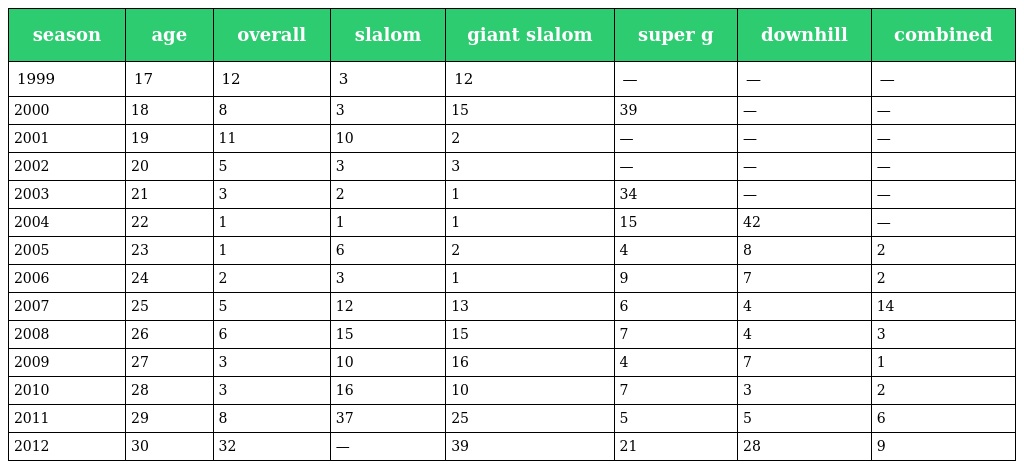
| season | age | overall | slalom | giant slalom | super g | downhill | combined |
 | --- | --- | --- | --- | --- | --- | --- | --- |
 | 1999 | 17 | 12 | 3 | 12 | — | — | — |
 | 2000 | 18 | 8 | 3 | 15 | 39 | — | — |
 | 2001 | 19 | 11 | 10 | 2 | — | — | — |
 | 2002 | 20 | 5 | 3 | 3 | — | — | — |
 | 2003 | 21 | 3 | 2 | 1 | 34 | — | — |
 | 2004 | 22 | 1 | 1 | 1 | 15 | 42 | — |
 | 2005 | 23 | 1 | 6 | 2 | 4 | 8 | 2 |
 | 2006 | 24 | 2 | 3 | 1 | 9 | 7 | 2 |
 | 2007 | 25 | 5 | 12 | 13 | 6 | 4 | 14 |
 | 2008 | 26 | 6 | 15 | 15 | 7 | 4 | 3 |
 | 2009 | 27 | 3 | 10 | 16 | 4 | 7 | 1 |
 | 2010 | 28 | 3 | 16 | 10 | 7 | 3 | 2 |
 | 2011 | 29 | 8 | 37 | 25 | 5 | 5 | 6 |
 | 2012 | 30 | 32 | — | 39 | 21 | 28 | 9 |